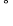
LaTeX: ^{°}